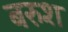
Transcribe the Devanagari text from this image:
बरुश